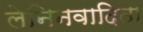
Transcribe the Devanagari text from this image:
लेनिनवादिता